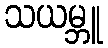
သယမ္ဘူ